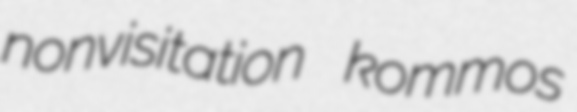
nonvisitation kommos